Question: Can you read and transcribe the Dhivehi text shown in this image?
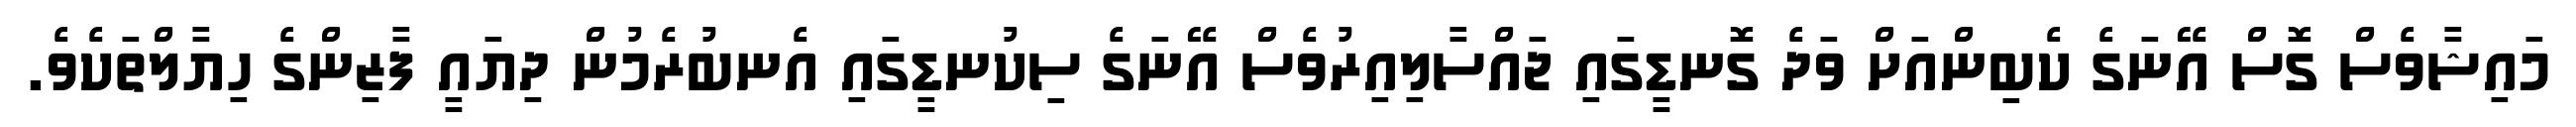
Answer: މައިޝާވެސް ގޮސް އޭނަގެ ކެބިންއަށް ވަދެ ގޮނޑީގައި ޖައްސާލިއިރުވެސް އޭނަގެ ސިކުނޑީގައި އެނބުރެމުން ދިޔައީ ފާޒިންގެ ހިޔާލްތަކެވެ.